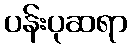
ပန်းပုဆရာ